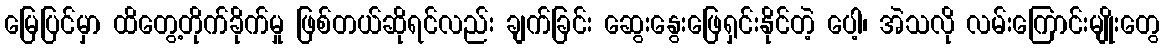
မြေပြင်မှာ ထိတွေ့တိုက်ခိုက်မှု ဖြစ်တယ်ဆိုရင်လည်း ချက်ခြင်း ဆွေးနွေးဖြေရှင်းနိုင်တဲ့ ပေါ့၊ အဲသလို လမ်းကြောင်းမျိုးတွေ